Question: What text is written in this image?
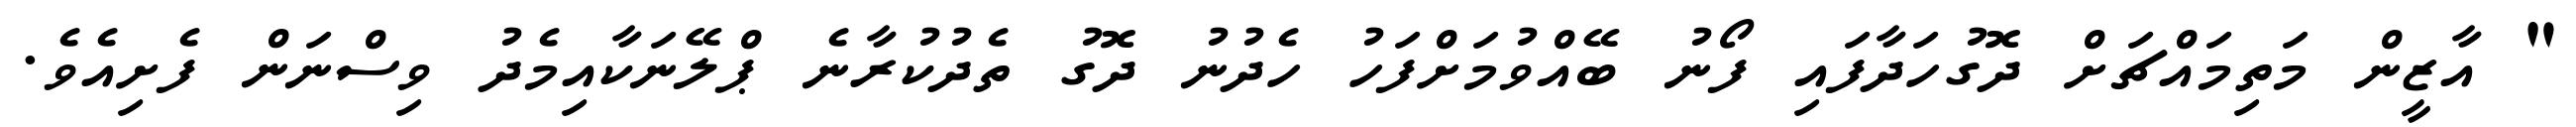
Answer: " އާޒީން މަތިމައްޗަށް ދޮގުހަދާފައި ފޯނު ބޭއްވުމަށްފަހު ހެދުނު ދޮގު ތެދުކުރާނެ ޕްލޭނަކާއިމެދު ވިސްނަން ފެށިއެވެ.